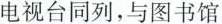
电视台同列，与图书馆